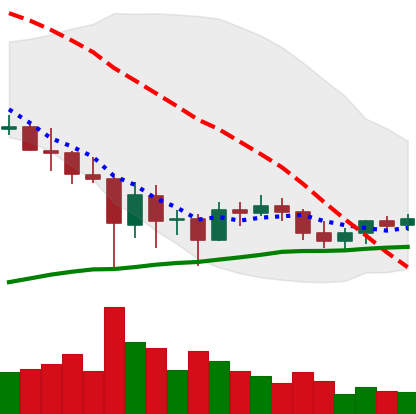
Ticker: BTC-USD
Chart end date: 2021-06-02
Forward return: -10.684%
Label: down_7plus